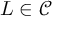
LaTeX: L \in { \mathcal { C } }